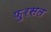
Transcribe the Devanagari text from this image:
फ़ुरसत